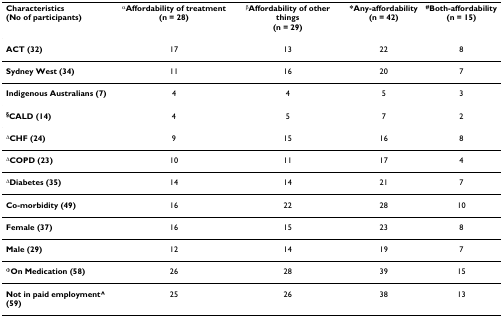
<table><thead><tr><td><b>Characteristics(No of participants)</b></td><td><b><sup>α</sup>Affordability of treatment(n = 28)</b></td><td><b><sup>β</sup>Affordability of other things(n = 29)</b></td><td><b>*Any-affordability(n = 42)</b></td><td><b><sup>#</sup>Both-affordability(n = 15)</b></td></tr></thead><tbody><tr><td><b>ACT (32)</b></td><td>17</td><td>13</td><td>22</td><td>8</td></tr><tr><td><b>Sydney West (34)</b></td><td>11</td><td>16</td><td>20</td><td>7</td></tr><tr><td><b>Indigenous Australians (7)</b></td><td>4</td><td>4</td><td>5</td><td>3</td></tr><tr><td><sup><b>§</b></sup><b>CALD (14)</b></td><td>4</td><td>5</td><td>7</td><td>2</td></tr><tr><td><sup><b>Δ</b></sup><b>CHF (24)</b></td><td>9</td><td>15</td><td>16</td><td>8</td></tr><tr><td><sup><b>Δ</b></sup><b>COPD (23)</b></td><td>10</td><td>11</td><td>17</td><td>4</td></tr><tr><td><sup><b>Δ</b></sup><b>Diabetes (35)</b></td><td>14</td><td>14</td><td>21</td><td>7</td></tr><tr><td><b>Co-morbidity (49)</b></td><td>16</td><td>22</td><td>28</td><td>10</td></tr><tr><td><b>Female (37)</b></td><td>16</td><td>15</td><td>23</td><td>8</td></tr><tr><td><b>Male (29)</b></td><td>12</td><td>14</td><td>19</td><td>7</td></tr><tr><td><sup><b>Φ</b></sup><b>On Medication (58)</b></td><td>26</td><td>28</td><td>39</td><td>15</td></tr><tr><td><b>Not in paid employment^ (59)</b></td><td>25</td><td>26</td><td>38</td><td>13</td></tr></tbody></table>